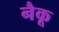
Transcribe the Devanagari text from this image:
नैकू